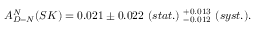
A _ { D - N } ^ { N } ( S K ) = 0 . 0 2 1 \pm 0 . 0 2 2 ~ ( s t a t . ) ~ _ { - 0 . 0 1 2 } ^ { + 0 . 0 1 3 } ~ ( s y s t . ) .